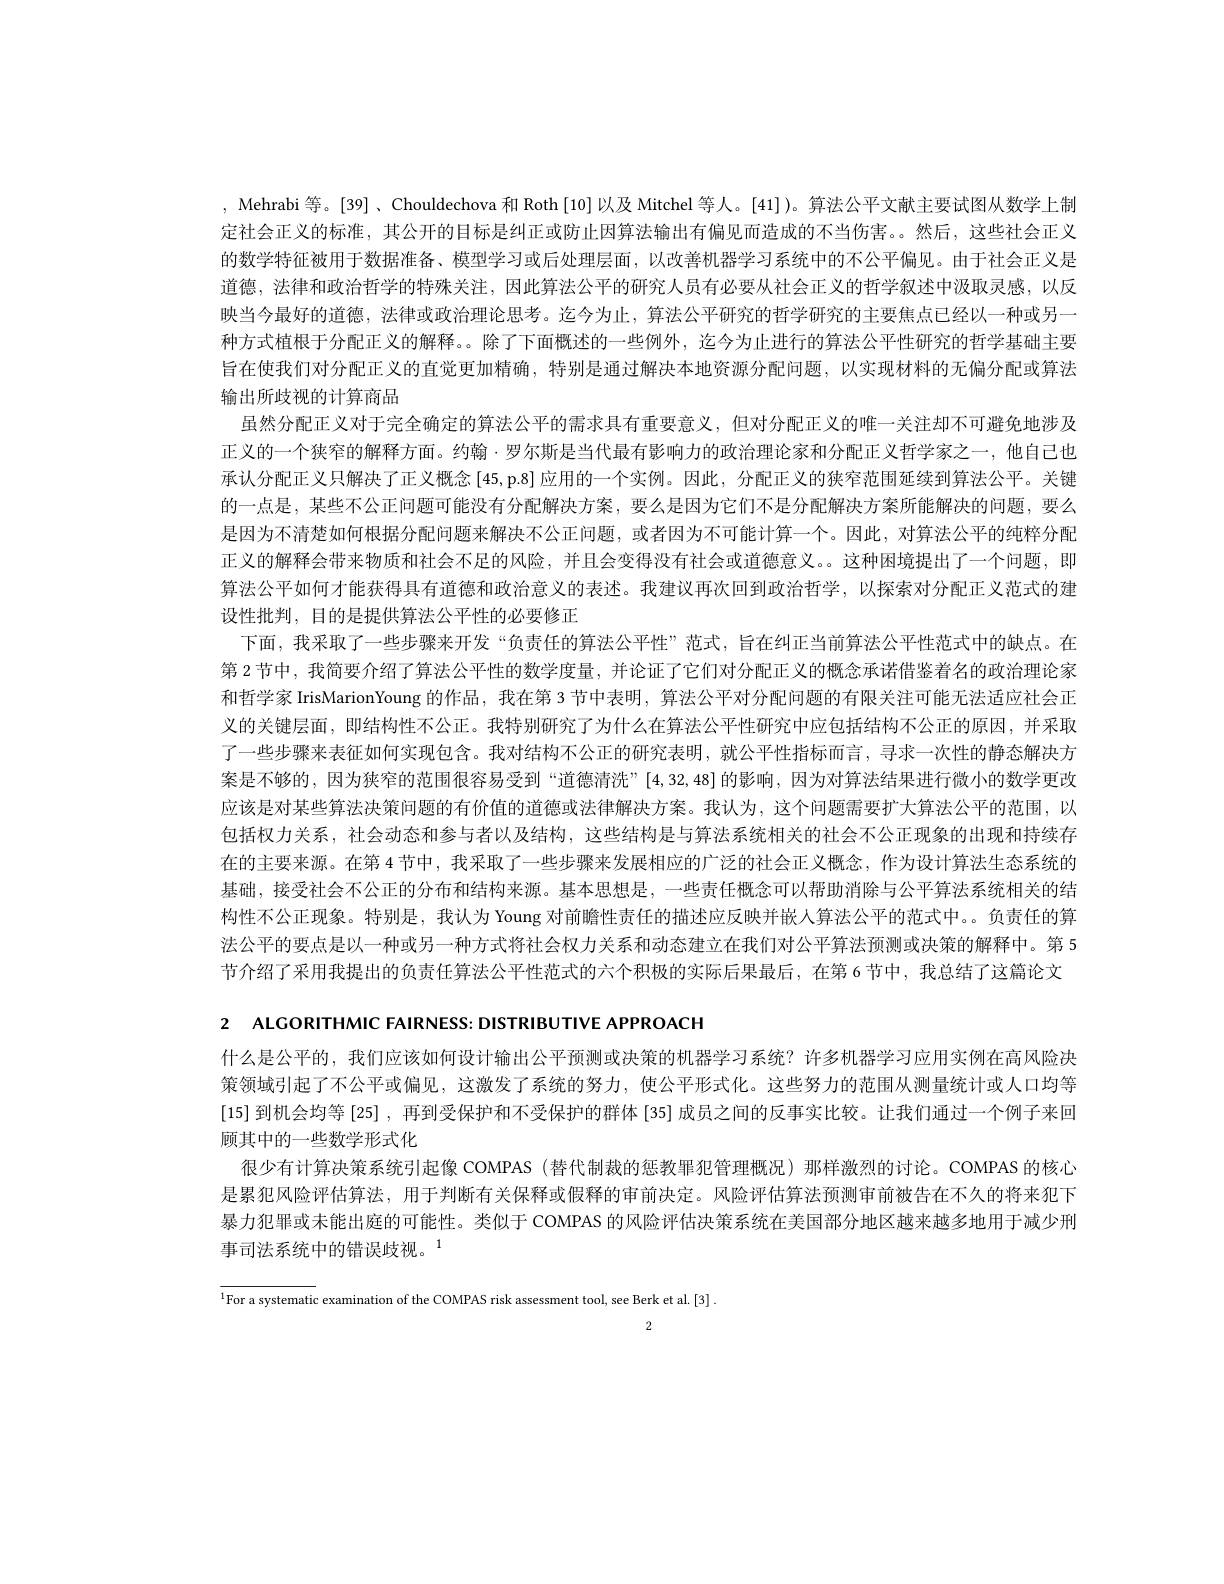
, Mehrabi 等。[39]、Chouldechova 和 Roth[10] 以及 Mitchel 等人。[41] )。算法公平文献主要试图从数学上制定社会正义的标准，其公开的目标是纠正或防止因算法输出有偏见而造成的不当伤害。然后，这些社会正义的数学特征被用于数据准备、模型学习或后处理层面，以改善机器学习系统中的不公平偏见。由于社会正义是道德，法律和政治哲学的特殊关注，因此算法公平的研究人员有必要从社会正义的哲学叙述中汲取灵感，以反映当今最好的道德，法律或政治理论思考。迄今为止，算法公平研究的哲学研究的主要焦点已经以一种或另一种方式植根于分配正义的解释。。除了下面概述的一些例外，迄今为止进行的算法公平性研究的哲学基础主要旨在使我们对分配正义的直觉更加精确，特别是通过解决本地资源分配问题，以实现材料的无偏分配或算法输出所歧视的计算商品
虽然分配正义对于完全确定的算法公平的需求具有重要意义，但对分配正义的唯一关注却不可避免地涉及正义的一个狭窄的解释方面。约翰·罗尔斯是当代最有影响力的政治理论家和分配正义哲学家之一，他自己也承认分配正义只解决了正义概念[45,p.8]应用的一个实例。因此，分配正义的狭窄范围延续到算法公平。关键的一点是，某些不公正问题可能没有分配解决方案，要么是因为它们不是分配解决方案所能解决的问题，要么是因为不清楚如何根据分配问题来解决不公正问题，或者因为不可能计算一个。因此，对算法公平的纯粹分配正义的解释会带来物质和社会不足的风险，并且会变得没有社会或道德意义。这种困境提出了一个问题，即算法公平如何才能获得具有道德和政治意义的表述。我建议再次回到政治哲学，以探索对分配正义范式的建设性批判，目的是提供算法公平性的必要修正
下面，我采取了一些步骤来开发“负责任的算法公平性”范式，旨在纠正当前算法公平性范式中的缺点。在第 2 节中，我简要介绍了算法公平性的数学度量，并论证了它们对分配正义的概念承诺借鉴着名的政治理论家和哲学家 IrisMarionYoung 的作品，我在第 3 节中表明，算法公平对分配问题的有限关注可能无法适应社会正义的关键层面，即结构性不公正。我特别研究了为什么在算法公平性研究中应包括结构不公正的原因，并采取了一些步骤来表征如何实现包含。我对结构不公正的研究表明，就公平性指标而言，寻求一次性的静态解决方案是不够的，因为狭窄的范围很容易受到“道德清洗”[4,32,48]的影响，因为对算法结果进行微小的数学更改应该是对某些算法决策问题的有价值的道德或法律解决方案。我认为，这个问题需要扩大算法公平的范围，以包括权力关系，社会动态和参与者以及结构，这些结构是与算法系统相关的社会不公正现象的出现和持续存在的主要来源。在第 4 节中，我采取了一些步骤来发展相应的广泛的社会正义概念，作为设计算法生态系统的基础，接受社会不公正的分布和结构来源。基本思想是，一些责任概念可以帮助消除与公平算法系统相关的结构性不公正现象。特别是，我认为 Young 对前瞻性责任的描述应反映并嵌人算法公平的范式中。负责任的算法公平的要点是以一种或另一种方式将社会权力关系和动态建立在我们对公平算法预测或决策的解释中。第 5节介绍了采用我提出的负责任算法公平性范式的六个积极的实际后果最后，在第6节中，我总结了这篇论文

2 ALCORITHMIC FAIRNESS: DISTRIBUTIVE APPROACH

什么是公平的，我们应该如何设计输出公平预测或决策的机器学习系统？许多机器学习应用实例在高风险决策领域引起了不公平或偏见，这激发了系统的努力，使公平形式化。这些努力的范围从测量统计或人口均等[15]到机会均等 [25] , 再到受保护和不受保护的群体 [35] 成员之间的反事实比较。让我们通过一个例子来回顾其中的一些数学形式化
很少有计算决策系统引起像 COMPAS (替代制裁的惩教罪犯管理概况)那样激烈的讨论。COMPAS 的核心是累犯风险评估算法，用于判断有关保释或假释的审前决定。风险评估算法预测审前被告在不久的将来犯下暴力犯罪或未能出庭的可能性。类似于 COMPAS 的风险评估决策系统在美国部分地区越来越多地用于减少刑事司法系统中的错误歧视。$^{1}$

$^{1}$For a systematic examination of the COMPAS risk assessment tool, see Berk et al.[3]$^{1}$

2